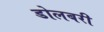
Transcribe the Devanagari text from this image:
डोलबरी